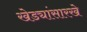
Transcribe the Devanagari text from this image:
खेड्यांसारखे